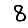
Digit: 8